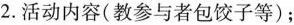
2.活动内容(教参与者包饺子等)；